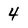
Character: 4